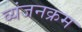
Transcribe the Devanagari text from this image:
व्यंजनक्रम